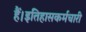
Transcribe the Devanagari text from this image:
हैं।इतिहासकर्मचारी